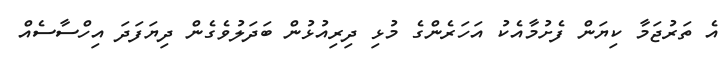
އެ ތަރުޖަމާ ކިޔަން ފެށުމާއެކު އަހަރެންގެ މުޅި ދިރިއުޅުން ބަދަލުވެގެން ދިޔަފަދަ އިހްސާސެއް